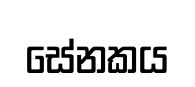
සේනකය